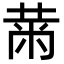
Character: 𮮠